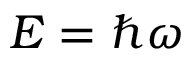
E = \hbar \omega